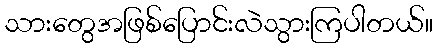
သားတွေအဖြစ်ပြောင်းလဲသွားကြပါတယ်။